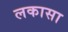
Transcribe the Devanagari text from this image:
लकासा